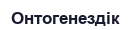
Онтогенездік